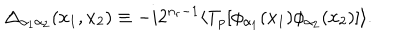
\Delta _ { \alpha _ { 1 } \alpha _ { 2 } } ( x _ { 1 } , x _ { 2 } ) \equiv - i 2 ^ { n _ { r } - 1 } \langle T _ { p } [ \phi _ { \alpha _ { 1 } } ( x _ { 1 } ) \phi _ { \alpha _ { 2 } } ( x _ { 2 } ) ] \rangle .